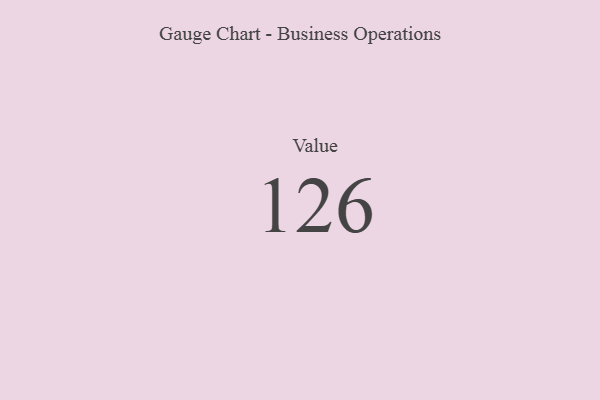
{"axis": {"x": "Metric", "y": "Value"}, "legend": [""], "data": [{"x": "Value", "y": 126, "type": ""}]}